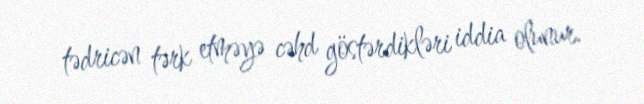
tədricən tərk etməyə cəhd göstərdikləri iddia olunur.